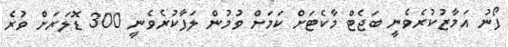
ފޯނު އަމާޒުކުރެވެނީ ބަޖެޓް މާކެޓަށް ކަމަށް ވުމުން ލަފާކުރެވެނީ 300 ޑޮލަރަށް ވުރެ